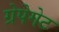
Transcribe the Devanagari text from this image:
ग्रेपेगेट